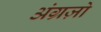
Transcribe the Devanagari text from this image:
अंग्रज़ो